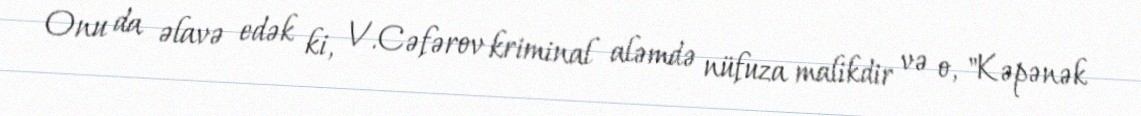
Onu da əlavə edək ki, V.Cəfərov kriminal aləmdə nüfuza malikdir və o, "Kəpənək